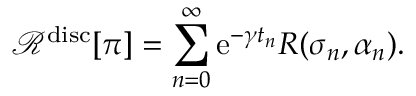
\mathcal { R } ^ { \mathrm { d i s c } } [ \pi ] = \sum _ { n = 0 } ^ { \infty } \mathrm { e } ^ { - \gamma t _ { n } } R ( \sigma _ { n } , \alpha _ { n } ) .